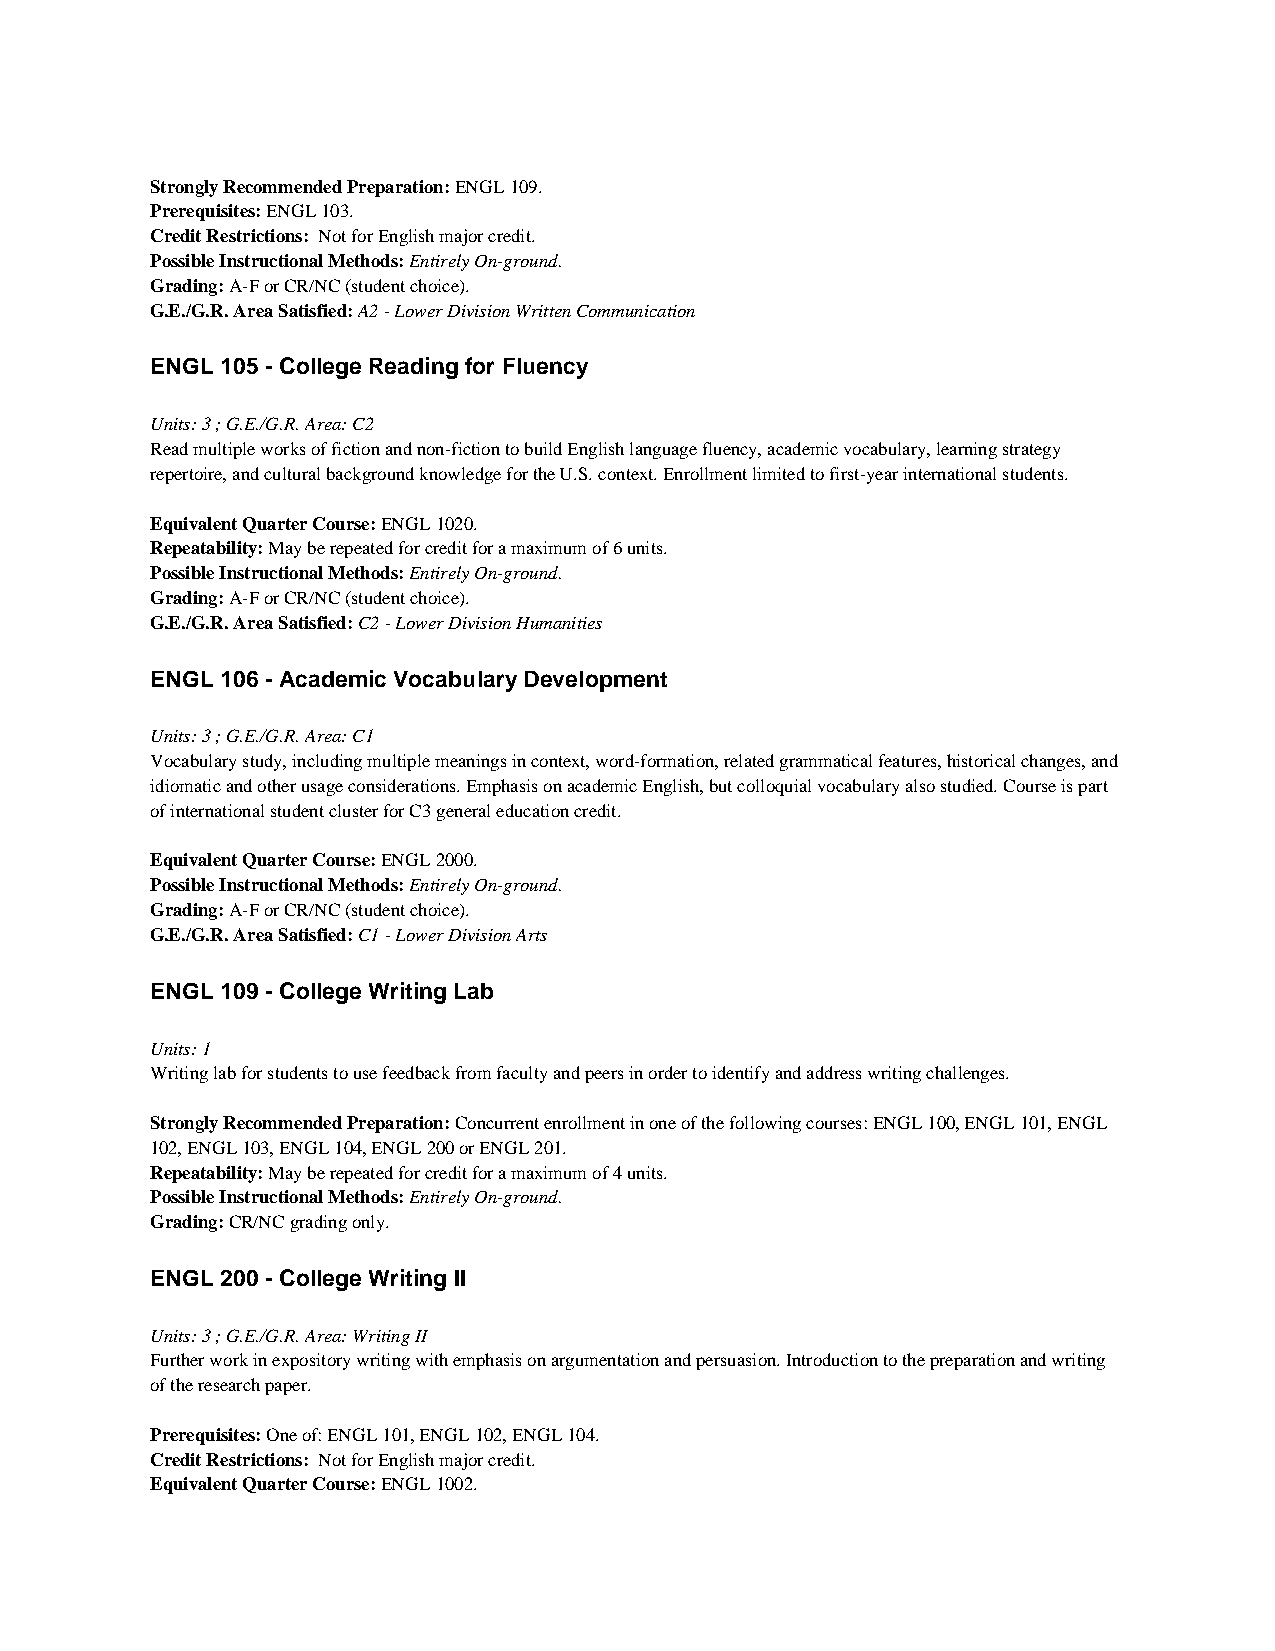
Strongly Recommended Preparation: ENGL 109.
 Prerequisites: ENGL 103.
 Credit Restrictions: Not for English major credit.
 Possible Instructional Methods: Entirely On-ground.
 Grading: A-F or CR/NC (student choice).
 G.E./G.R. Area Satisfied: A2 - Lower Division Written Communication
 ENGL 105 - College Reading for Fluency
 Units: 3 ; G.E./G.R. Area: C2
 Read multiple works of fiction and non-fiction to build English language fluency, academic vocabulary, learning strategy
 repertoire, and cultural background knowledge for the U.S. context. Enrollment limited to first-year international students.
 Equivalent Quarter Course: ENGL 1020.
 Repeatability: May be repeated for credit for a maximum of 6 units.
 Possible Instructional Methods: Entirely On-ground.
 Grading: A-F or CR/NC (student choice).
 G.E./G.R. Area Satisfied: C2 - Lower Division Humanities
 ENGL 106 - Academic Vocabulary Development
 Units: 3 ; G.E./G.R. Area: C1
 Vocabulary study, including multiple meanings in context, word-formation, related grammatical features, historical changes, and
 idiomatic and other usage considerations. Emphasis on academic English, but colloquial vocabulary also studied. Course is part
 of international student cluster for C3 general education credit.
 Equivalent Quarter Course: ENGL 2000.
 Possible Instructional Methods: Entirely On-ground.
 Grading: A-F or CR/NC (student choice).
 G.E./G.R. Area Satisfied: C1 - Lower Division Arts
 ENGL 109 - College Writing Lab
 Units: 1
 Writing lab for students to use feedback from faculty and peers in order to identify and address writing challenges.
 Strongly Recommended Preparation: Concurrent enrollment in one of the following courses: ENGL 100, ENGL 101, ENGL
 102, ENGL 103, ENGL 104, ENGL 200 or ENGL 201.
 Repeatability: May be repeated for credit for a maximum of 4 units.
 Possible Instructional Methods: Entirely On-ground.
 Grading: CR/NC grading only.
 ENGL 200 - College Writing II
 Units: 3 ; G.E./G.R. Area: Writing II
 Further work in expository writing with emphasis on argumentation and persuasion. Introduction to the preparation and writing
 of the research paper.
 Prerequisites: One of: ENGL 101, ENGL 102, ENGL 104.
 Credit Restrictions: Not for English major credit.
 Equivalent Quarter Course: ENGL 1002.